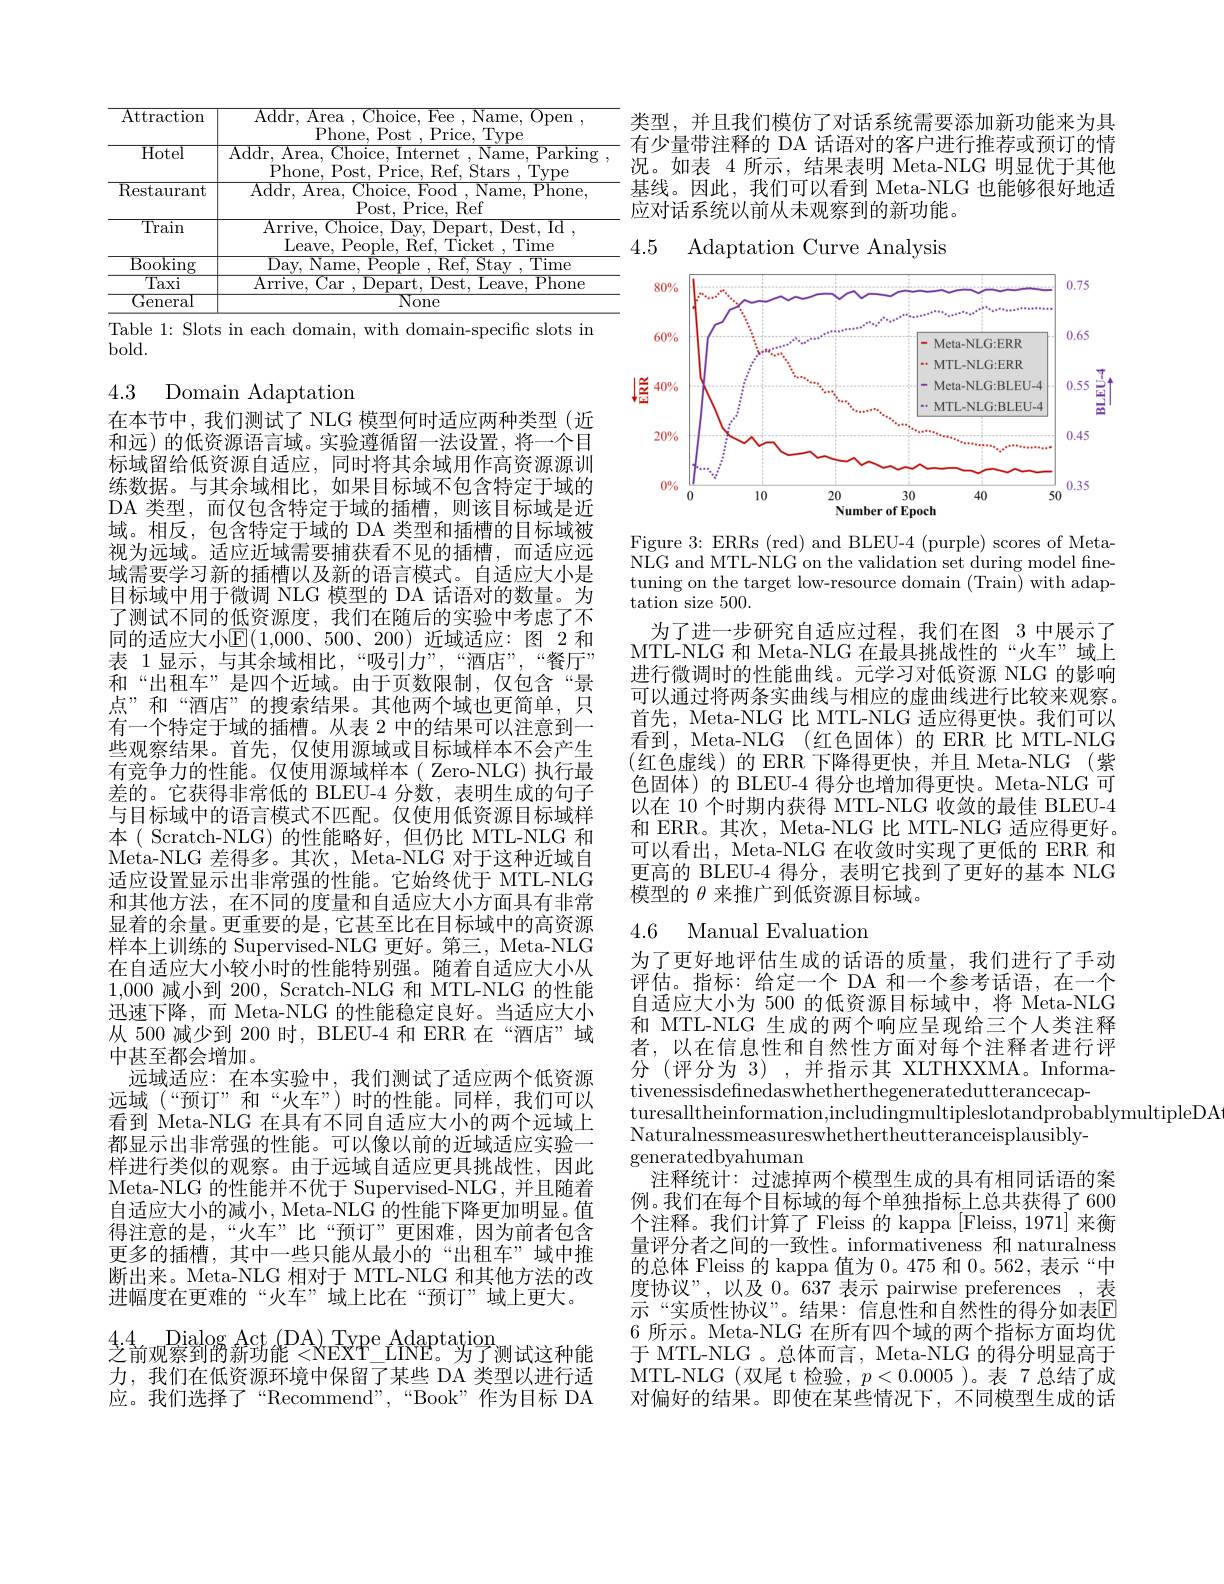
<table>
	<tbody>
		<tr>
			<td>Attraction</td>
			<td>Addr, Area , Choice, Fee , Name, Open , Phone, Post ,Price, Type</td>
		</tr>
		<tr>
			<td>$\overline{\mathrm{Hotel}}$</td>
			<td>$\overline{\mathrm{Addr,~Area,~Choice,~Internet~,~Name,~Parking}}$ Phone. $\rho_{\mathrm{OC}}$ $De$</td>
		</tr>
		<tr>
			<td>Restaurant</td>
			<td>$\overline{{\mathrm{Addr,~Area,~}}}$ $\overline{{\mathrm{Food~,~Name,~Phone}}}$ Choice $P_{t}$ Ref</td>
		</tr>
		<tr>
			<td>$\overline{\text{Train}}$</td>
			<td>$\overline{{\mathrm{Arrive,~Choice,~}}}$ $Dav$, Depart, Dest, Id</td>
		</tr>
		<tr>
			<td>$\operatorname{General}$</td>
			<td>${\mathrm{None}}$</td>
		</tr>
	</tbody>
</table>
Table 1: Slots in each domain, with domain-specific slots in

$bold.$

4.3 Domain Adaptation

在本节中，我们测试了 NLG 模型何时适应两种类型(近和远)的低资源语言域。实验遵循留一法设置，将一个目标域留给低资源自适应，同时将其余域用作高资源源训练数据。与其余域相比，如果目标域不包含特定于域的DA 类型，而仅包含特定于域的插槽，则该目标域是近域。相反，包含特定于域的 DA 类型和插槽的目标域被视为远域。适应近域需要捕获看不见的插槽，而适应远域需要学习新的插槽以及新的语言模式。自适应大小是目标域中用于微调 NLG 模型的 DA 话语对的数量。为了测试不同的低资源度，我们在随后的实验中考虑了不同的适应大小$\mathbb{E}(1,000、500、200)$ 近域适应：图 2 和表 1显示，与其余域相比，“吸引力”,“酒店”,“餐厅” 和“出租车”是四个近域。由于页数限制，仅包含“景点”和“酒店”的搜索结果。其他两个域也更简单，只有一个特定于域的插槽。从表 2 中的结果可以注意到一些观察结果。首先，仅使用源域或目标域样本不会产生有竞争力的性能。仅使用源域样本( Zero-NLG)执行最差的。它获得非常低的 BLEU-4 分数，表明生成的句子与目标域中的语言模式不匹配。仅使用低资源目标域样本( Scratch-NLG) 的性能略好，但仍比 MTL-NLG 和Meta-NLG 差得多。其次，Meta-NLG 对于这种近域自适应设置显示出非常强的性能。它始终优于 MTL-NLG 和其他方法，在不同的度量和自适应大小方面具有非常显着的余量。更重要的是，它甚至比在目标域中的高资源样本上训练的 Supervised-NLG 更好。第三，Meta-NLG 在自适应大小较小时的性能特别强。随着自适应大小从1,000减小到 200, Scratch-NLG 和 MTL-NLG 的性能迅速下降，而 Meta-NLG 的性能稳定良好。当适应大小从 500 减少到 200 时，BLEU-4 和 ERR 在“酒店”域中甚至都会增加。
远域适应：在本实验中，我们测试了适应两个低资源远域(“预订”和“火车”)时的性能。同样，我们可以看到 Meta-NLG 在具有不同自适应大小的两个远域上都显示出非常强的性能。可以像以前的近域适应实验一样进行类似的观察。由于远域自适应更具挑战性，因此Meta-NLG 的性能并不优于 Supervised-NLG, 并且随着自适应大小的减小，Meta-NLG 的性能下降更加明显。值得注意的是，“火车”比“预订”更困难，因为前者包含更多的插槽，其中一些只能从最小的“出租车”域中推断出来。Meta-NLG 相对于 MTL-NLG 和其他方法的改进幅度在更难的“火车”域上比在“预订”域上更大。
$4.4\underset{\text{前加家副路率并能}}{\operatorname*{\mathrm{Dialog}}}$Act(DA$)\underset{\text{NFYP}}{\operatorname*{\mathrm{Type}}}$Adaptation
$\vec{\text{之前观察到的新场能}}^{\text{ Tuan }}<$NEXT
力，我们在低资源环境中保留了某些 DA 类型以进行适应。我们选择了“Recommend”,“Book”作为目标 DA

类型，并且我们模仿了对话系统需要添加新功能来为具有少量带注释的 DA 话语对的客户进行推荐或预订的情况。如表 4 所示，结果表明 Meta-NLG 明显优于其他基线。因此，我们可以看到 Meta-NLG 也能够很好地适应对话系统以前从未观察到的新功能。

4.5

Adaptation Curve Analysis

<FigureHere>

Figure 3: ERRs (red) and BLEU-4 (purple) scores of MetaNLG and MTL-NLG on the validation set during model finetuning on the target low-resource domain (Train) with adaptation size 500.

为了进一步研究自适应过程，我们在图 3 中展示了MTL-NLG 和 Meta-NLG 在最具挑战性的“火车”域上进行微调时的性能曲线。元学习对低资源 NLG 的影响可以通过将两条实曲线与相应的虚曲线进行比较来观察。首先，Meta-NLG 比 MTL-NLG 适应得更快。我们可以看到，Meta-NLG(红色固体)的ERR比MTL-NLG (红色虚线)的 ERR 下降得更快，并且 Meta-NLG(紫色固体)的 BLEU-4 得分也增加得更快。Meta-NLG 可以在 10 个时期内获得 MTL-NLG 收敛的最佳 BLEU-4和 ERR。其次，Meta-NLG 比 MTL-NLG 适应得更好。可以看出，Meta-NLG 在收敛时实现了更低的 ERR 和更高的 BLEU-4 得分，表明它找到了更好的基本 NLG 模型的$\theta$来推广到低资源目标域。

# 4.6 Manual Evaluation

为了更好地评估生成的话语的质量，我们进行了手动评估。指标：给定一个 DA 和一个参考话语，在一个自适应大小为 500 的低资源目标域中，将 Meta-NLG 和 MTL-NLG 生成的两个响应呈现给三个人类注释者，以在信息性和自然性方面对每个注释者进行评分 (评分为 3) ,并指示其 XLTHXXMA。Informativenessisdefinedaswhetherthegeneratedutterancecap-
turesalltheinformation,includingmultipleslotandprobablymultipleDA
Naturalnessmeasureswhethertheutteranceisplausibly-
generatedbyahuman
注释统计：过滤掉两个模型生成的具有相同话语的案例。我们在每个目标域的每个单独指标上总共获得了600个注释。我们计算了 Fleiss 的 kappa [Fleiss, 1971] 来衡量评分者之间的一致性。informativeness 和 naturalness 的总体 Fleiss 的 kappa 值为0。475和0。562,表示“中度协议”,以及 0。637 表示 pairwise preferences ,表示“实质性协议”。结果：信息性和自然性的得分如表$\mathbb{E}$ 6 所示。Meta-NLG 在所有四个域的两个指标方面均优于 MTL-NLG 。总体而言，Meta-NLG 的得分明显高于MTL- NLG ( X尾 t 检 验 , $p< 0. 0005 )$。表 7 总结了成对偏好的结果。即使在某些情况下，不同模型生成的话